Lunatic asylums Bombay report 1891-1903 - 1891-1903
Year: 1891
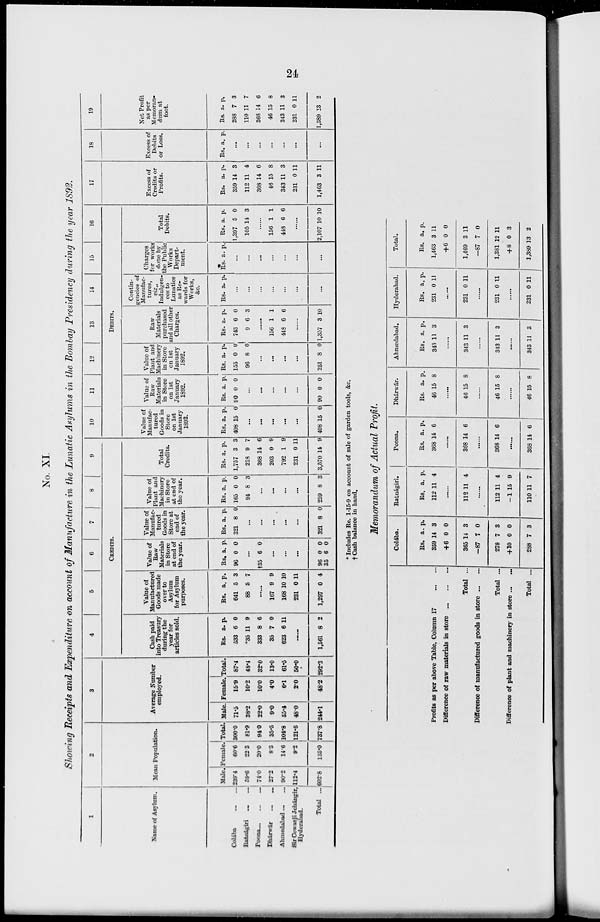
24
No. XI.
Showing Receipts and Expenditure on account of Manufacture in the Lunatic Asylums in the Bombay Presidency during the year 1829.
1
Name of Asylum.
Colába
...
...
Ratnágiri ... ...
Poona ... ... ...
Dhárwár ... ...
Ahmedabad ... ...
Sir Cowasji Jehángir,
Hyderabad.
Total ...
2
Mean Population.
Male.
239.4
59.6
74.0
27.2
90.2
112.4
602.8
Female.
60.6
22.3
20.0
8.3
14.6
9.2
135.0
Total.
300.0
81.9
94.0
35.5
104.8
121.6
737.8
3
Average Number
employed.
Male.
71.5
38.2
22.0
9.0
55.4
48.0
244.1
Female.
15.9
10.2
10.0
4.0
6.1
2.0
48.2
Total.
87.4
48.4
32.0
13.0
61.5
50.0
292.3
4
5
6
7
8
9
CREDITS.
Cash paid
into Treasury
during the
year for
articles sold.
Rs.
533
*35
333
35
623
a.
6
11
8
7
6
p.
0
9
6
0
11
......
1,561 8 2
Value of
Manufactured
Goods made
over to
Asylum
for Asylum
purposes.
Rs.
641
88
a.
5
5
p.
3
7
......
167
168
231
1,297
9
10
0
0
9
10
11
4
Value of
Raw
Materials
in Store
at end of
the year.
Rs.
96
a.
0
p.
0
...
†35 6 0
...
...
...
96
35
0
6
0
0
Value of
Manufac-
tured
Goods in
Store at
end of
the year.
Rs.
321
a.
8
p.
0
...
...
...
...
...
321 8 0
Value of
Plant and
Machinery
in Store
at end of
the year.
Rs.
165
94
a.
0
8
p.
0
3
...
...
...
...
259 8 3
Total
Credits.
Rs.
1,757
218
368
203
792
231
3,570
a.
3
9
14
0
1
0
14
p.
3
7
6
9
9
11
9
10
11
12
13
14
15
16
DEBITS.
Value of
Manufac-
tured
Goods in
Store
on 1st
January
1892.
Rs.
408
a.
15
p.
0
...
...
...
...
...
408 15 0
Value of
Raw-
Materials
in Store
on 1st
January
1892.
Rs.
90
a.
0
p.
0
...
...
...
...
...
90 0 0
Value of
Plant and
Machinery
in Store
on 1st
January
1892.
Rs.
155
96
a.
0
8
p.
0
0
...
...
...
...
251
8
0
Raw
Materials
purchased
and all other
Charges.
Rs.
743
9
a.
6
6
p.
0
3
......
156
448
1
6
1
6
......
1,357 3 10
Contin-
gencies of
Manufac-
tures,
viz.,
Indulgen-
ces to
Lunatics
as Re-
wards for
Works,
&c.
Rs. a.
p.
...
...
...
...
...
...
...
Charges
for works
done by
the Public
Works
Depart-
ment.
Rs. a.
p.
...
...
...
...
...
...
...
Total
Debits.
Rs.
1,397
105
a.
5
14
p.
0
3
......
156
448
1
6
1
6
......
2,107 10 10
17
Excess of
Credits or
Profits.
Rs.
359
112
368
46
343
231
1,463
a.
14
11
14
15
11
0
3
p.
3
4
6
8
3
11
11
18
Excess of
Debits
or Loss.
Rs. a. p.
...
...
...
...
...
...
...
19
Net Profit
as per
Memoran-
dum at
foot.
Rs.
288
110
368
46
343
231
1,389
a.
7
11
14
15
11
0
13
p.
3
7
6
8
3
11
2
* Includes Re. 1-15-9 on account of sale of garden tools, &c.
† Cash balance in hand.
Memorandum of Actual Profit.
Profits as per above Table, Column 17
...
...
Difference of raw materials in store
...
...
...
Total ...
Difference of manufactured goods in store ... ...
Total ...
Difference of plant and machinery in store ... ...
Total ...
Colába
Rs.
359
+6
365
-87
278
+10
288
a.
14
0
14
7
7
0
7
p.
3
0
3
0
3
0
3
Ratnágiri.
Rs.
112
a.
11
p.
4
......
112 11 4
......
112
-1
110
11
15
11
4
9
7
Poona.
Rs.
368
a.
14
p.
6
......
368 14 6
......
368 14 6
......
368 14 6
Dhárwár.
Rs.
46
a.
15
p.
8
......
46 15 8
......
46 15 8
......
46 15 8
Ahmedabad.
Rs.
343
a.
11
p.
3
......
343 11 3
......
343 11 3
......
343 11 3
Hyderabad.
Rs.
231
a.
0
p.
11
......
231 0
11
......
231 0
11
......
231
0 11
Total.
Rs.
1,463
+6
1,469
-87
1,381
+8
1,389
a.
3
0
3
7
12
0
13
p.
11
0
11
0
11
3
2